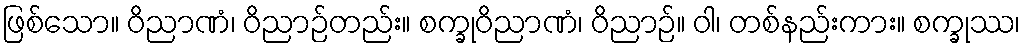
ဖြစ်သော။ ဝိညာဏံ၊ ဝိညာဉ်တည်း။ စက္ခုဝိညာဏံ၊ ဝိညာဉ်။ ဝါ၊ တစ်နည်းကား။ စက္ခုဿ၊